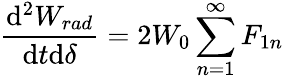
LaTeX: \frac{\mathrm{d}^{2}W_{rad}}{\mathrm{d}t\mathrm{d}\delta}=2W_{0}\sum_{n=1}^{\infty}F_{1n}